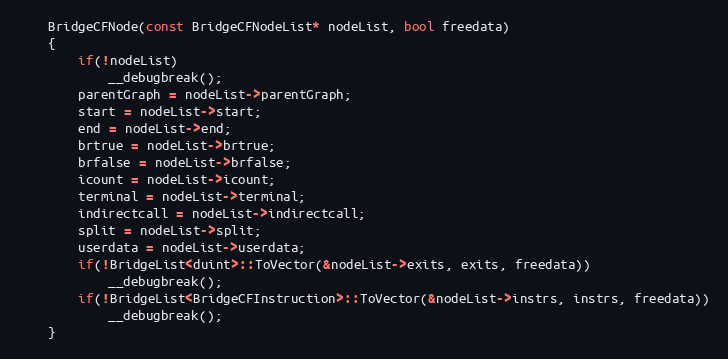
Language: C
    BridgeCFNode(const BridgeCFNodeList* nodeList, bool freedata)
    {
        if(!nodeList)
            __debugbreak();
        parentGraph = nodeList->parentGraph;
        start = nodeList->start;
        end = nodeList->end;
        brtrue = nodeList->brtrue;
        brfalse = nodeList->brfalse;
        icount = nodeList->icount;
        terminal = nodeList->terminal;
        indirectcall = nodeList->indirectcall;
        split = nodeList->split;
        userdata = nodeList->userdata;
        if(!BridgeList<duint>::ToVector(&nodeList->exits, exits, freedata))
            __debugbreak();
        if(!BridgeList<BridgeCFInstruction>::ToVector(&nodeList->instrs, instrs, freedata))
            __debugbreak();
    }